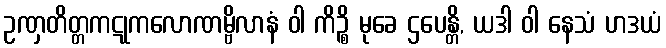
ဥဏှတိတ္တကဋုကလောဏမ္ဗိလာနံ ဝါ ကိဉ္စိ မုခေ ဌပေန္တိ, ယဒါ ဝါ နေသံ ဟဒယံ